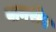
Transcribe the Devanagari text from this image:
वानरीय